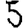
Digit: 5